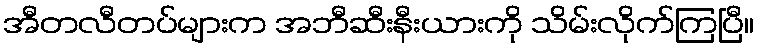
အီတလီတပ်များက အဘီဆီးနီးယားကို သိမ်းလိုက်ကြပြီ။